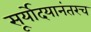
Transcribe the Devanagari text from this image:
सूर्योदयानंतरच